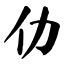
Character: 仂